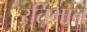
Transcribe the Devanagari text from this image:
रतिभान